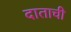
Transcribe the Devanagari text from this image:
दाताची